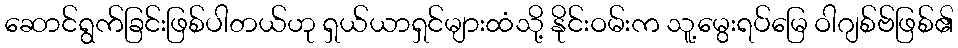
ဆောင်ရွက်ခြင်းဖြစ်ပါတယ်ဟု ရှယ်ယာရှင်များထံသို့ နိုင်းဝမ်းက သူ့မွေးရပ်မြေ ဝါဂျစ်ဗ်ဖြစ်၏